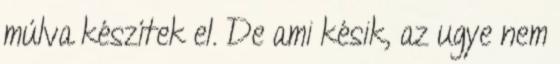
múlva készítek el. De ami késik, az ugye nem